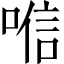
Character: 𱓞